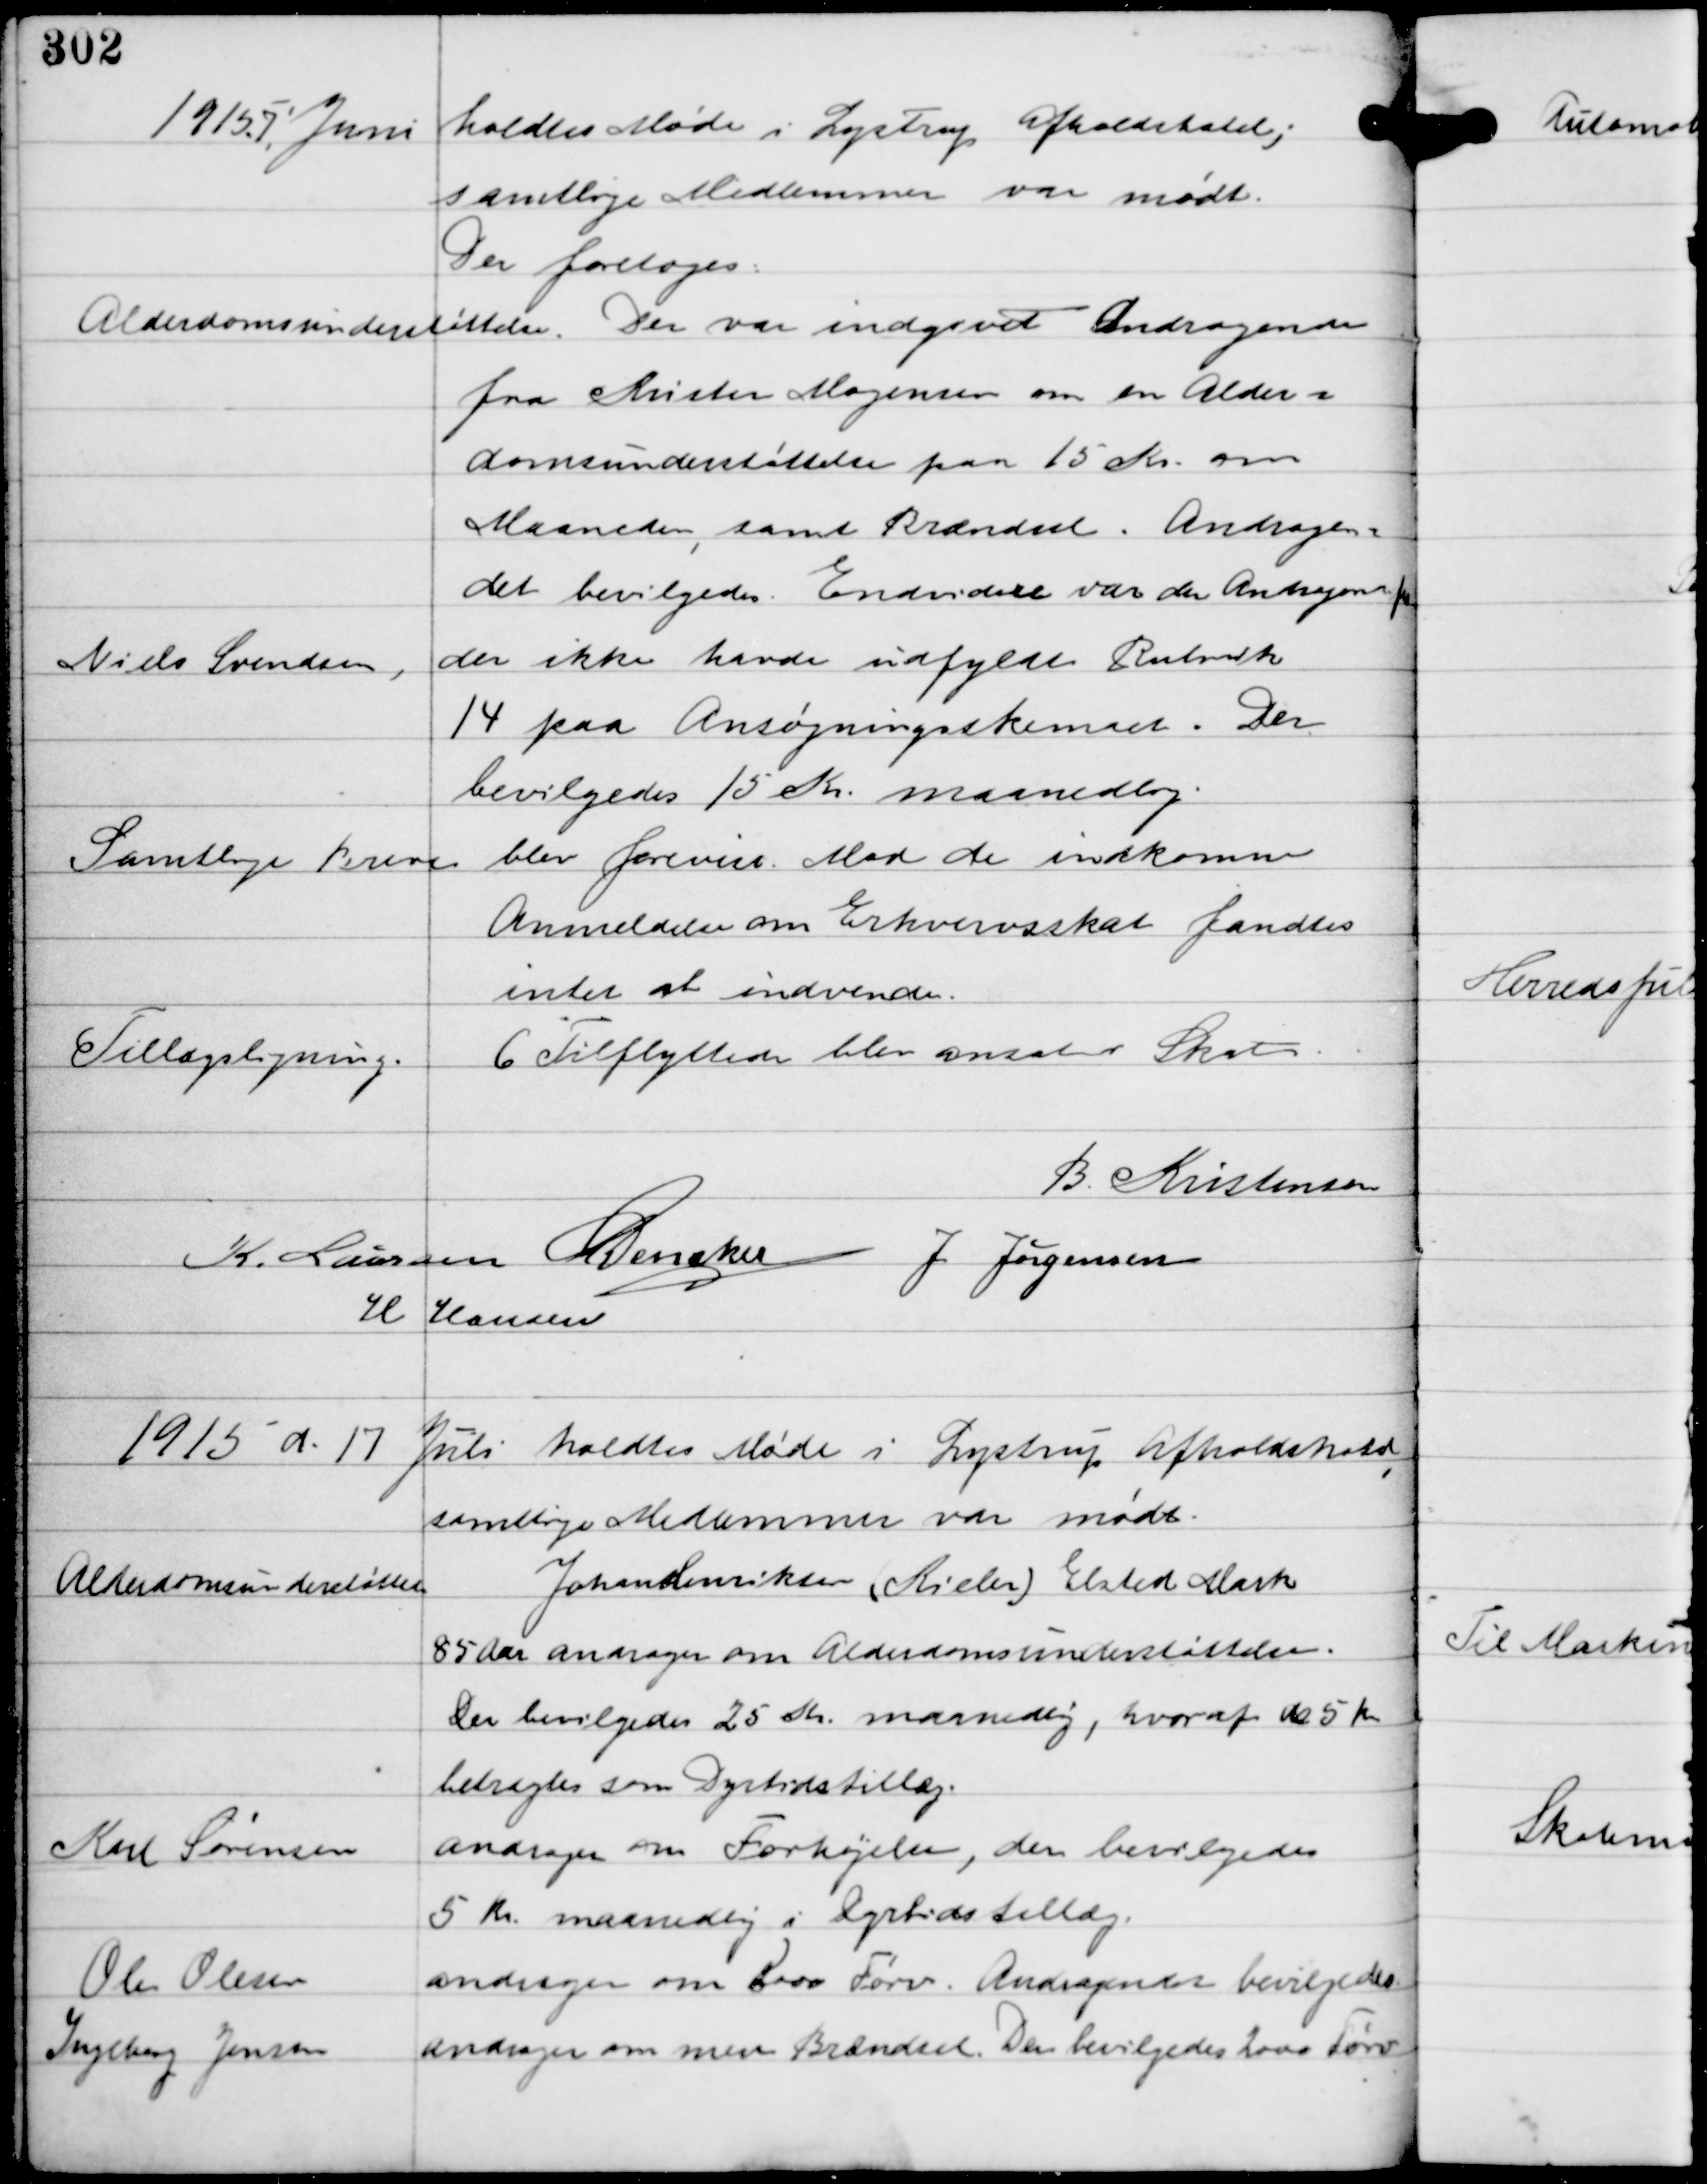
Transskription:
1915 7. Juni
holdtes Møde i Lystrup Afholdshotel;
samtlige Medlemmer var mødt
Der foretoges:

Alderdomsunderstøttelse.
Der var indgivet Andragende
fra Kristen Mogensen om en Alder-
domsunderstøttelse paa 15 Kr om
Maaneden, samt Brændsel. Andragen-
det bevilgedes. Endvidere var der Andragende fra
Niels Svendsen,
der ikke havde udfyldt Rubrik
14 paa Ansøgningsskemaet. Der
bevilgedes 15 Kr maanedlig.

Samtlige Breve blev forevist. Mod de indkomne
Anmeldelser om Erhvervsskat fandtes
intet at indvende.

Tillægsligning.

6 Tilflyttere blev ansat i Skat

B. Kristensen
K Laursen C Dencker
J Jørgensen
H Hansen

1915 d. 17
Juli holdtes Møde i Lystrup Afholdshotel,
samtlige Medlemmer var mødt.

Alderdomsunderstøttelse

Johan Henriksen (Rieler) Elsted Mark
85 Aar andrager om Alderdomsunderstøttelse.
Der bevilgedes 25 Kr maanedlig, hvoraf de 5 Kr
betragtes som Dyrtidstillæg.

Karl Sørensen

andrager om Forhøjelse, der bevilgedes
5 Kr maanedlig i Dyrtidstillæg.

Ole Olesen

andrager om 2000 Tørv. Andragendet bevilgedes

Ingeborg Jensen

andrager om mere Brændsel. Der bevilgedes 2000 Tørv